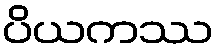
ပိယကဿ